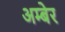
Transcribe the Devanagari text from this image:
अम्बेर